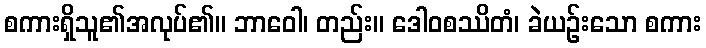
စကားရှိသူ၏အလုပ်၏။ ဘာဝေါ၊ တည်း။ ဒေါဝစဿိတံ၊ ခဲယဉ်းသော စကား